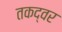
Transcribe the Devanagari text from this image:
तकद्वर